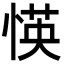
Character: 愥